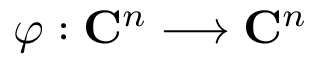
\varphi : \mathbf { C } ^ { n } \longrightarrow \mathbf { C } ^ { n }